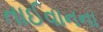
તાઈવાનના